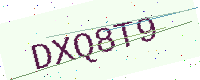
Text: DXQ8T9